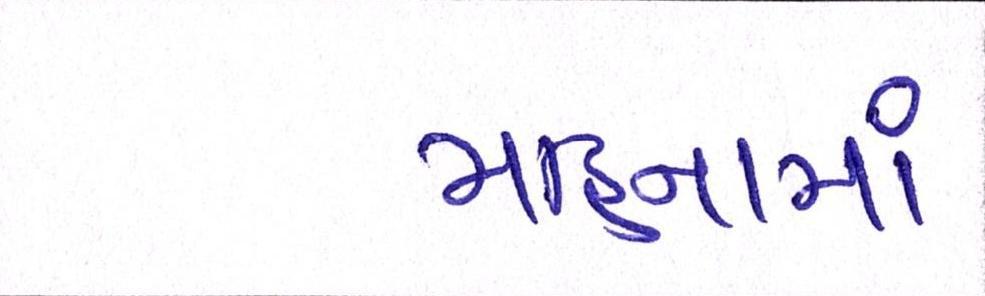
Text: મહિનામાં